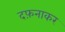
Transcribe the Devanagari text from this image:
दफ़नाकर